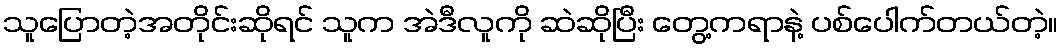
သူပြောတဲ့အတိုင်းဆိုရင် သူက အဲဒီလူကို ဆဲဆိုပြီး တွေ့ကရာနဲ့ ပစ်ပေါက်တယ်တဲ့။